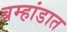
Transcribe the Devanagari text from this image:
ब्रम्हांडात